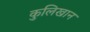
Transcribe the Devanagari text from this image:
कुलिखान